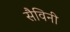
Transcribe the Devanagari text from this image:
सैविनी